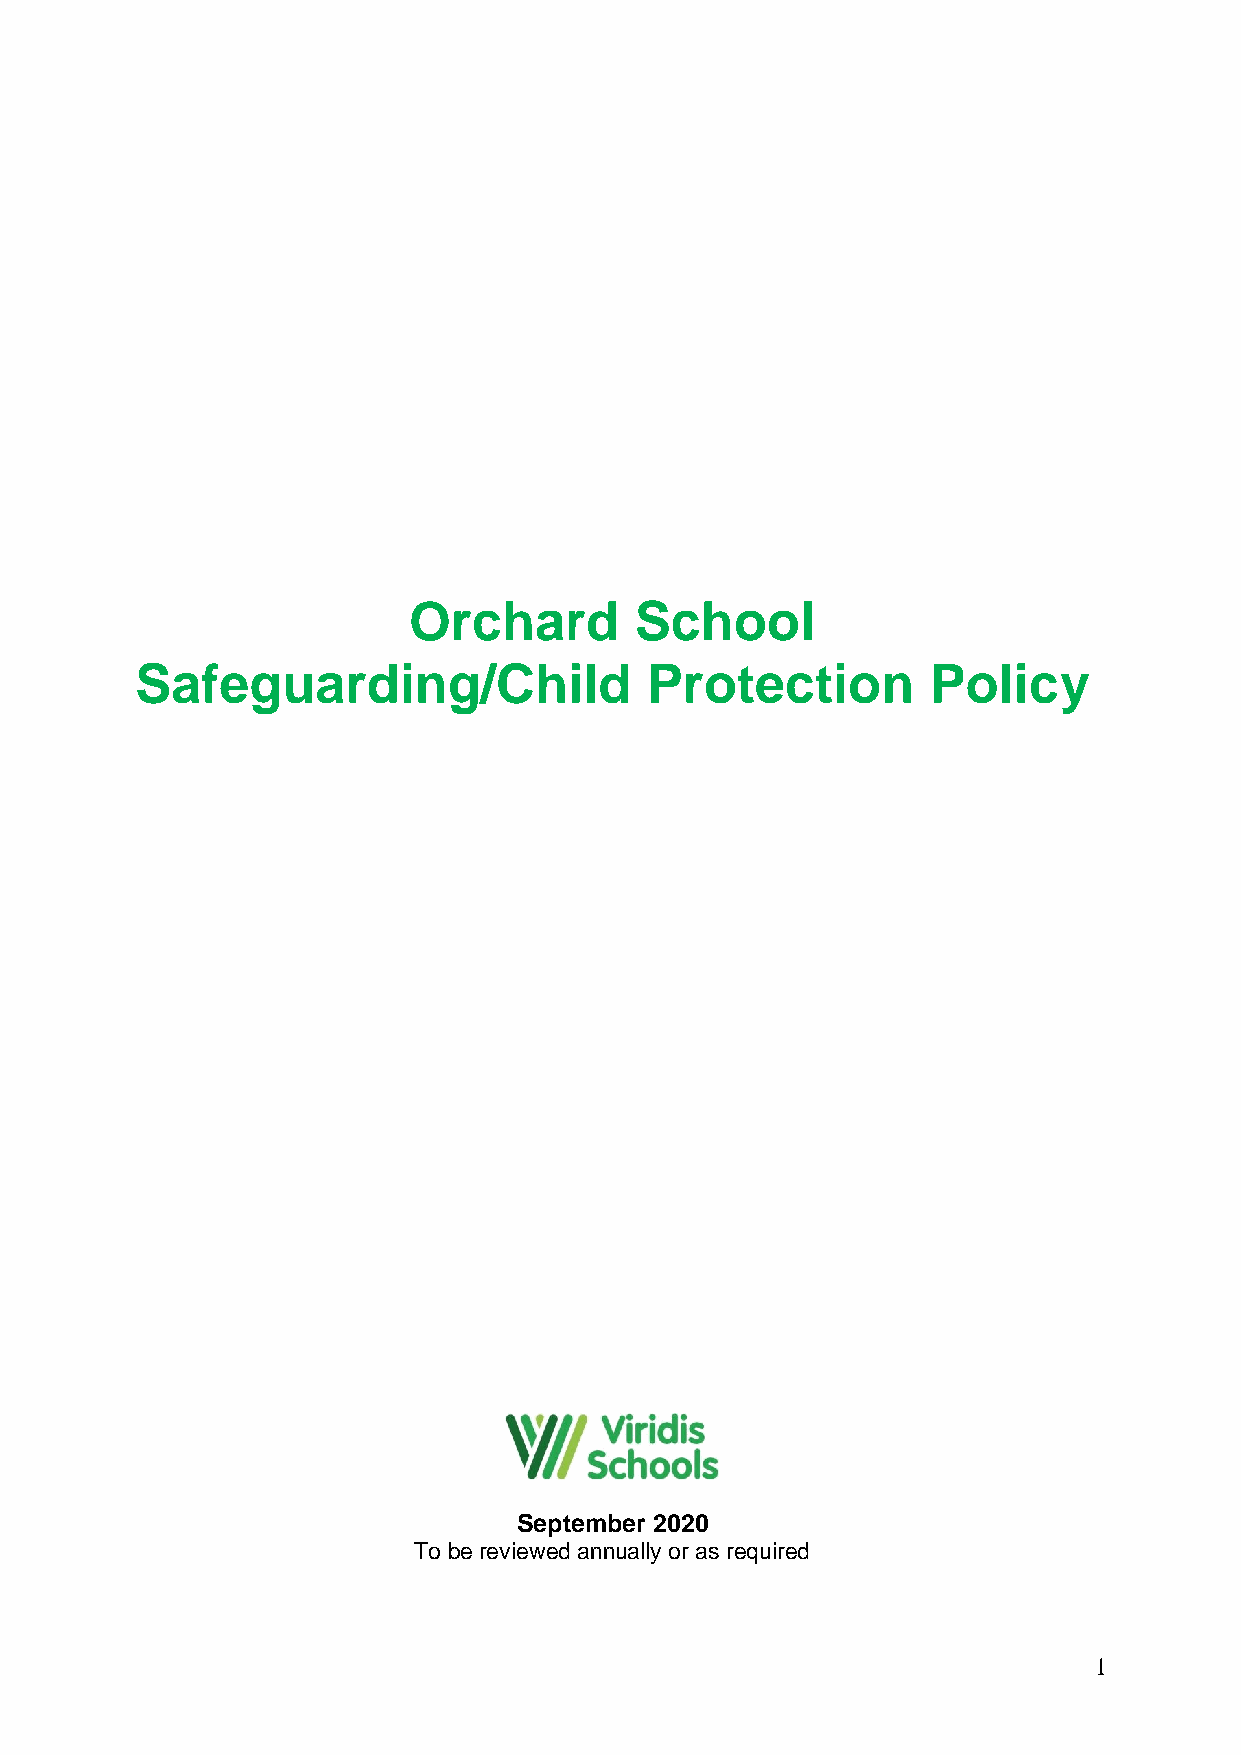
Orchard        School
 Safeguarding/Child                Protection        Policy
 September 2020
 To be reviewed annually or as required
 1